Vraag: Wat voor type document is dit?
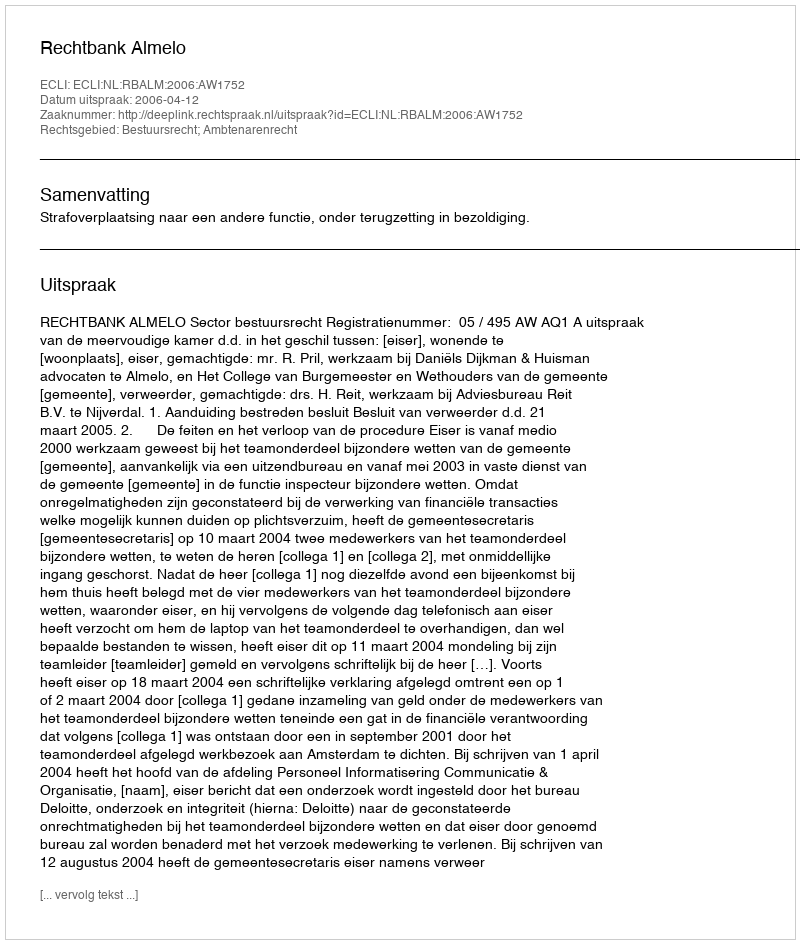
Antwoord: Uitspraak